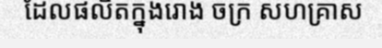
ដែលផលិតក្នុងរោង ចក្រ សហគ្រាស